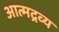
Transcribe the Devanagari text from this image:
आत्मद्रव्य